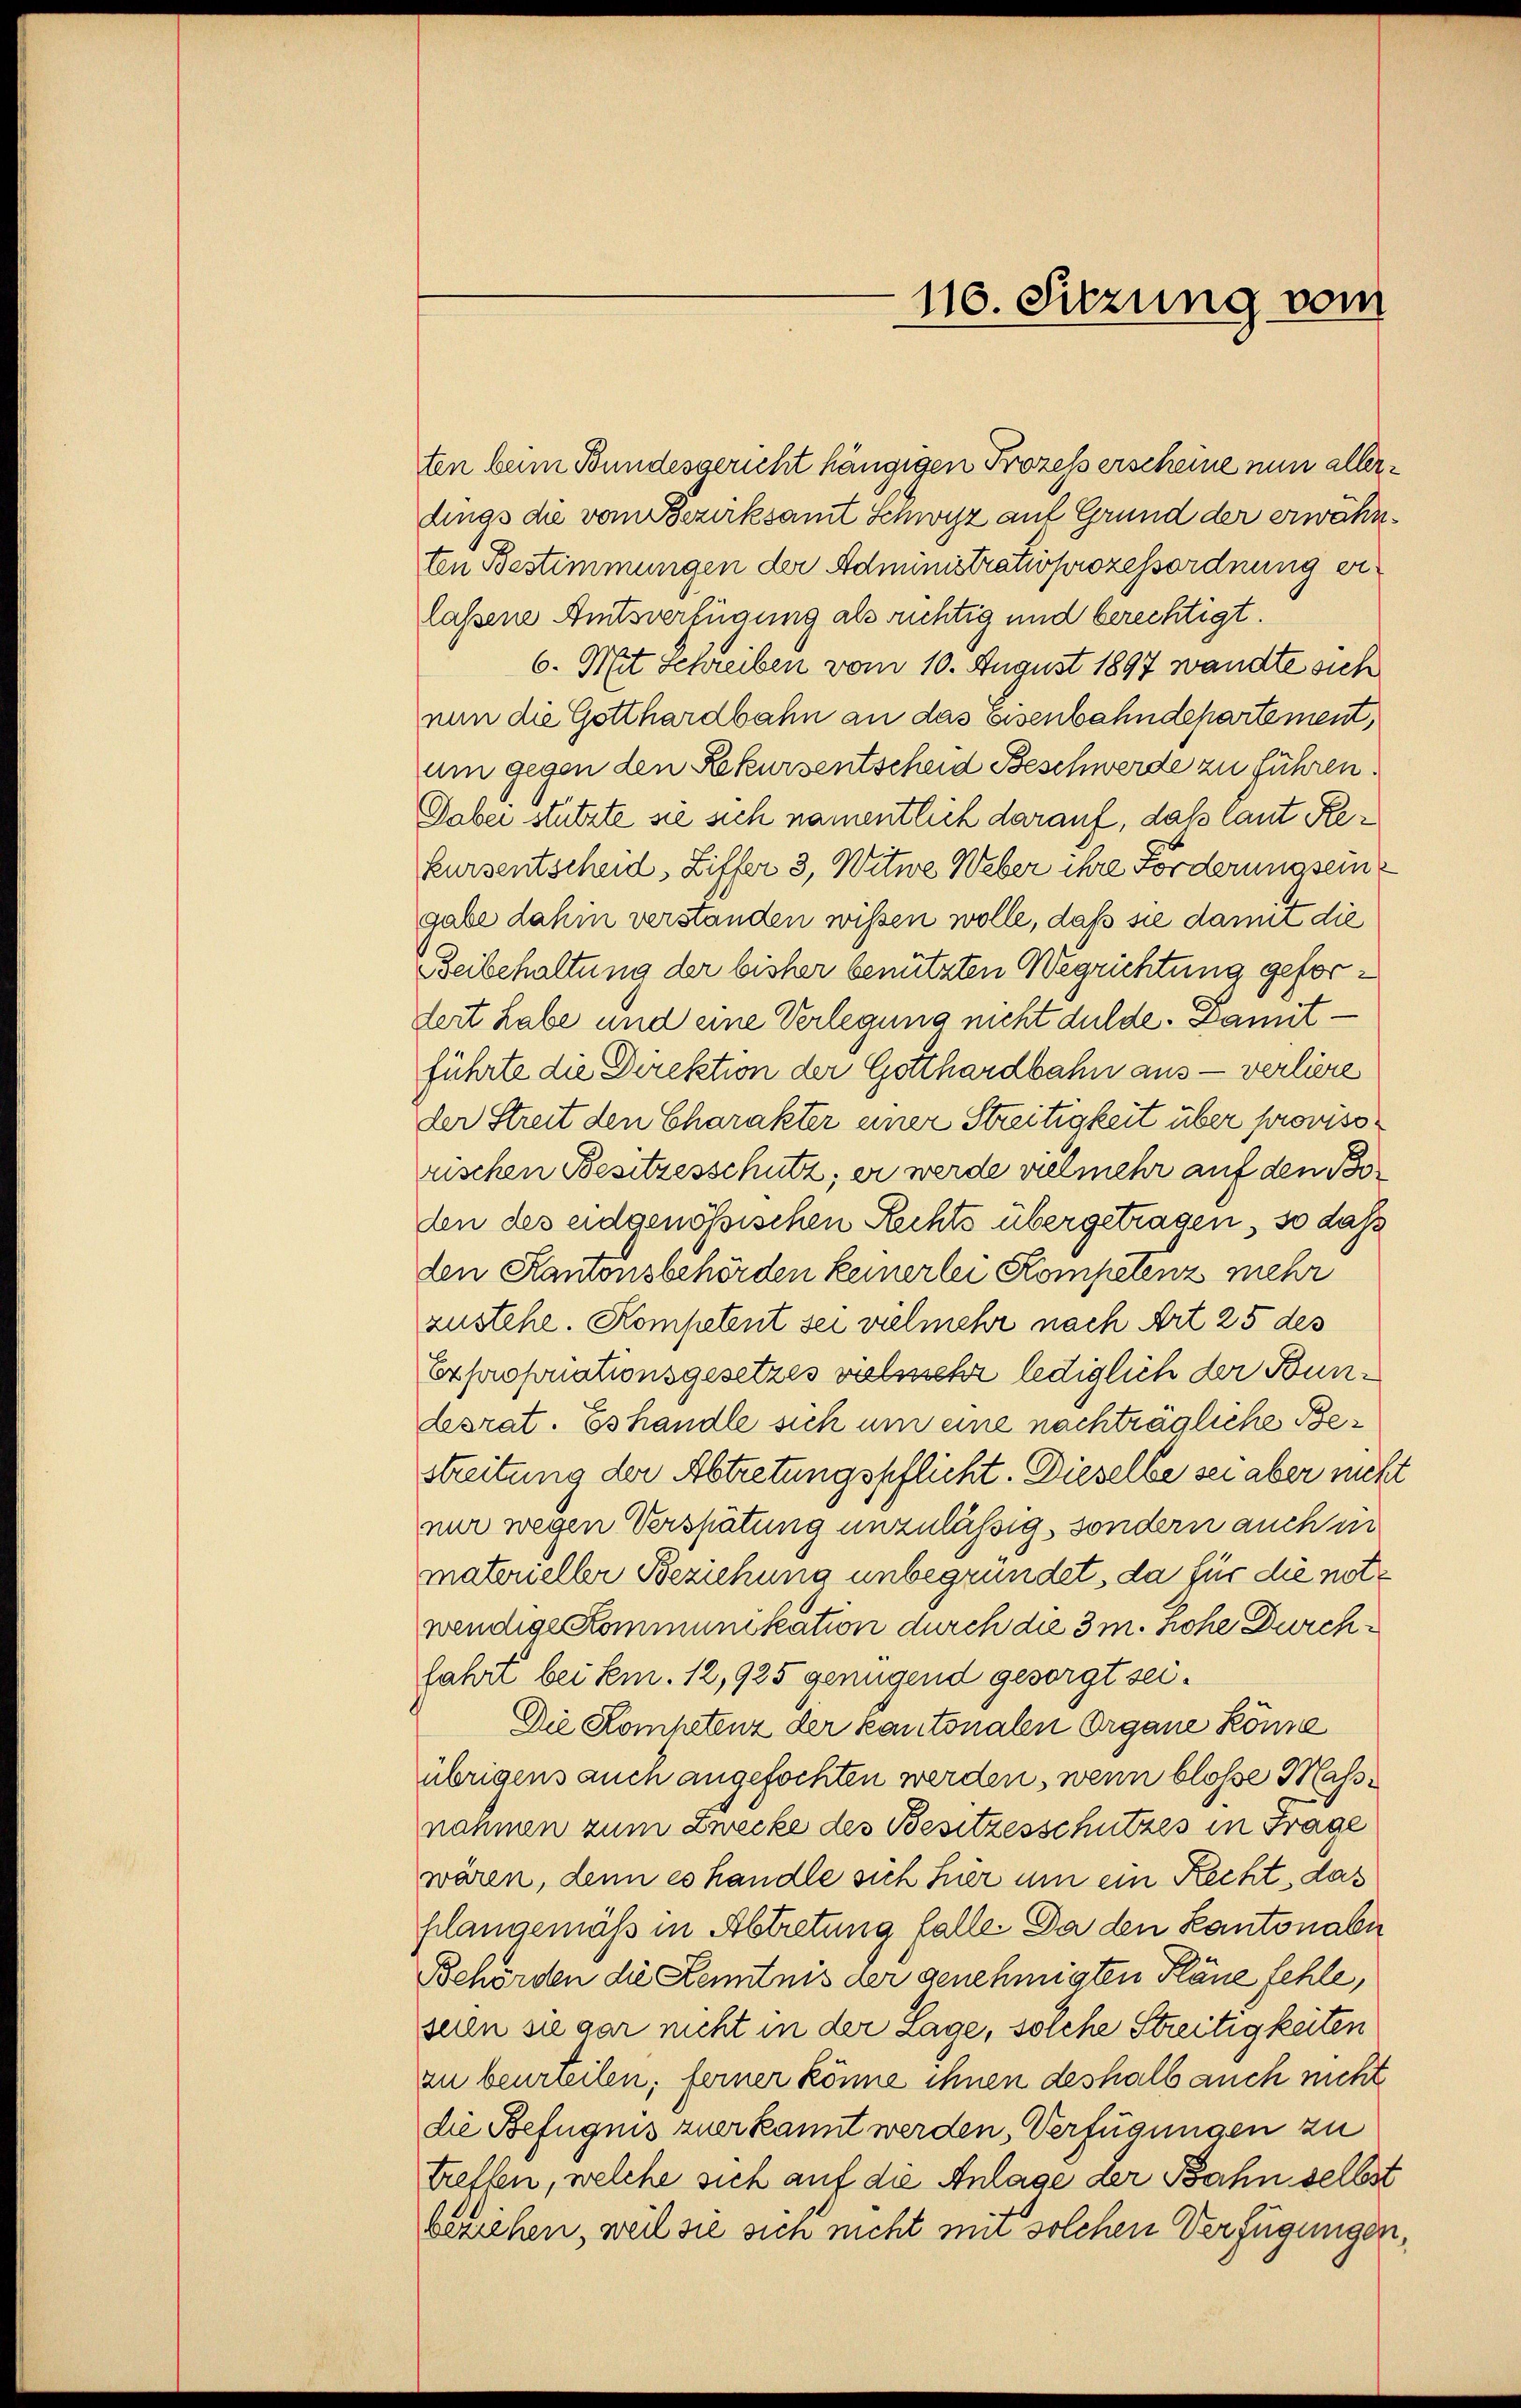
ten beim Bundesgericht hängigen Prozess erscheine nun allerdings die vom Bezirksamt Schwyz auf Grund der erwähnten Bestimmungen der Administrativprozessordnung erlaßene Amtsverfügung als richtig und berechtigt.
6. Mit Schreiben vom 10. August 1897 wandte sich
nun die Gotthardbahn an das eisenbahndepartement,
am gegen den Rekursentscheid Beschwerde zu führen.
Dabei stützte sie sich namentlich darauf, daß laut Rekursentscheid, Ziffer 3, Witwe Weber ihre Förderung sein
gabe dahin verstanden wissen wolle, daß sie damit die
Beibehaltung der bisher benützten Wegrichtung gefordert habe und eine Verlegung nicht dulde. Damitführte die Direktion der Gotthardbahn aus - verliere
der Streit den Charakter einer Streitigkeit über provisorischen Besitzesschutz; er werde vielmehr auf den Bo
den des eidgenössischen Rechts übergetragen, so dass
den Kantonsbehörden keinerlei Kompetenz mehr
zustehe. Kompetent sei vielmehr nach Art 25 des
Exproponationsgesetzes valssehr lediglich der Bundesrat. Es handle sich um eine nachträgliche Bestreitung der Abtretungspflicht. Dieselbe sei aber nicht
nur wegen Verspätung unzulässig, sondern auch in
materieller Beziehung unbegründet, da für die notwendige Kommunikation durch die 3 m. Hohe Durchfahrt bei sein. 12, 925 genügend gesorgt sei¬
Die Kompetenz der Kantonale Organe könne
übrigens auch angefochten werden, wenn blosse Massnahmen zum Zwecke des Besitzesschutzes in Frage
wären, denn es handle sich hier um ein Recht, das
hlangemäß in Abtretung falle. Da den Kantonalen
Behörden die Kenntnis der genehmigten Pläne fehle,
seien sie gar nicht in der Lage, solche Streitigkeiten
zu beurteilen; ferner könne ihnen deshalb auch nicht
die Befugnis zuerkannt werden, Verfügungen zu
treffen, welche sich auf die Anlage der Bahn selbst
beziehen, weil sie sich nicht mir solchen Verfügungen,

110. Sitzung vom